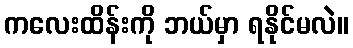
ကလေးထိန်းကို ဘယ်မှာ ရနိုင်မလဲ။